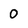
Character: 0